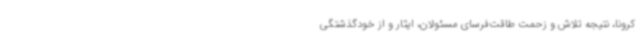
کرونا، نتیجه تلاش و زحمت طاقت‌فرسای مسئولان، ایثار و از خودگذشتگی